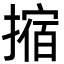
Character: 摍